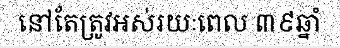
នៅតែត្រូវអស់រយៈពេល ៣៩ឆ្នាំ